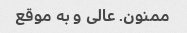
ممنون. عالی و به موقع